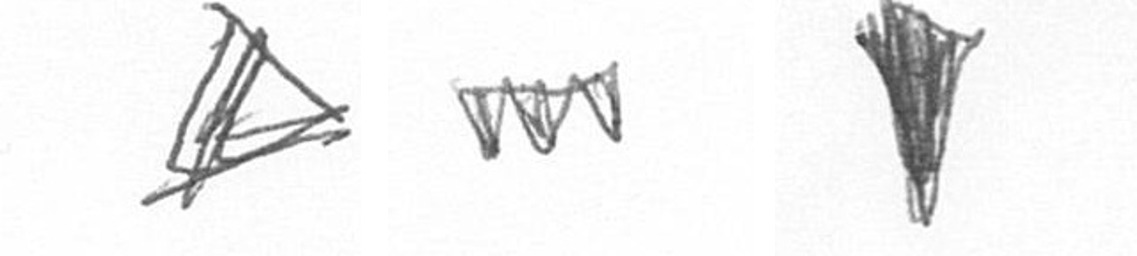
O L J